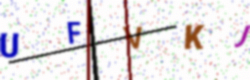
Text: UFVKJ